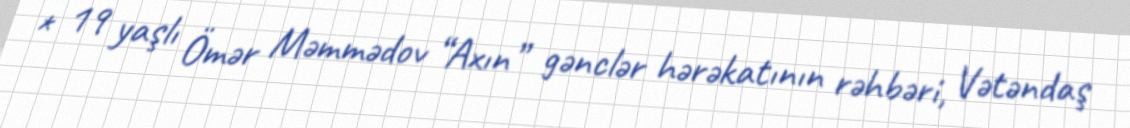
* 19 yaşlı Ömər Məmmədov “Axın” gənclər hərəkatının rəhbəri, Vətəndaş